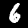
Label: 6